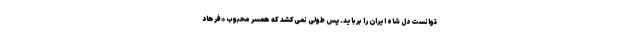
توانست دل شاه ایران را برباید. پس طولی نمی‌کشد که همسر محبوب «فرهاد